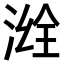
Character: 𣷒